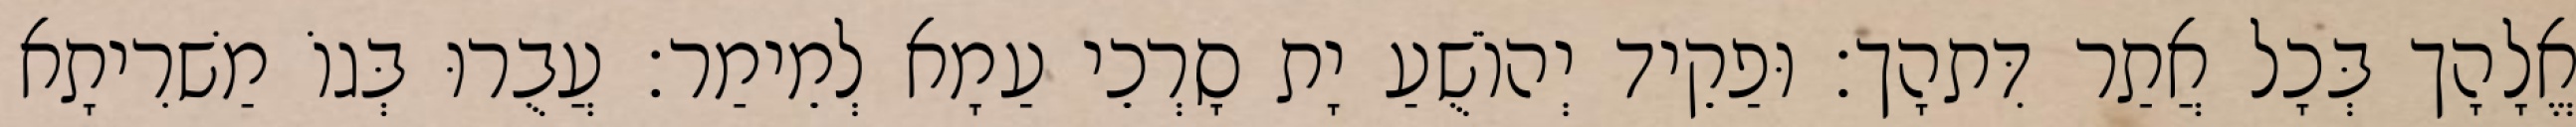
אֱלָהָך בְּכָל אֲתַר דִּתהָך׃ וּפַקֵיד יְהוֹשֻׁעַ יָת סָרְכֵי עַמָא לְמֵימַר׃ עֲבֻרוּ בְּגוֹ מַשׁרִיתָא